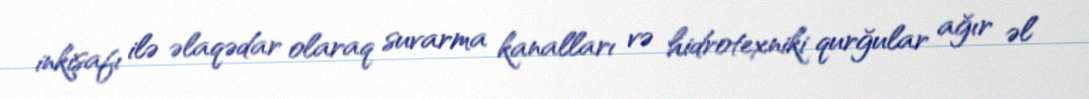
inkişafı ilə əlaqədar olaraq suvarma kanalları və hidrotexniki qurğular ağır əl